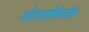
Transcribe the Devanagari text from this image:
उद्देशपत्रिकेतील